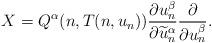
LaTeX: \begin{align*}X=Q^{\alpha}(n,T(n,u_n))\frac{\partial u_n^{\beta}}{\partial \widetilde{u}_n^{\alpha}}\frac{\partial}{\partial u_n^{\beta}}.\end{align*}